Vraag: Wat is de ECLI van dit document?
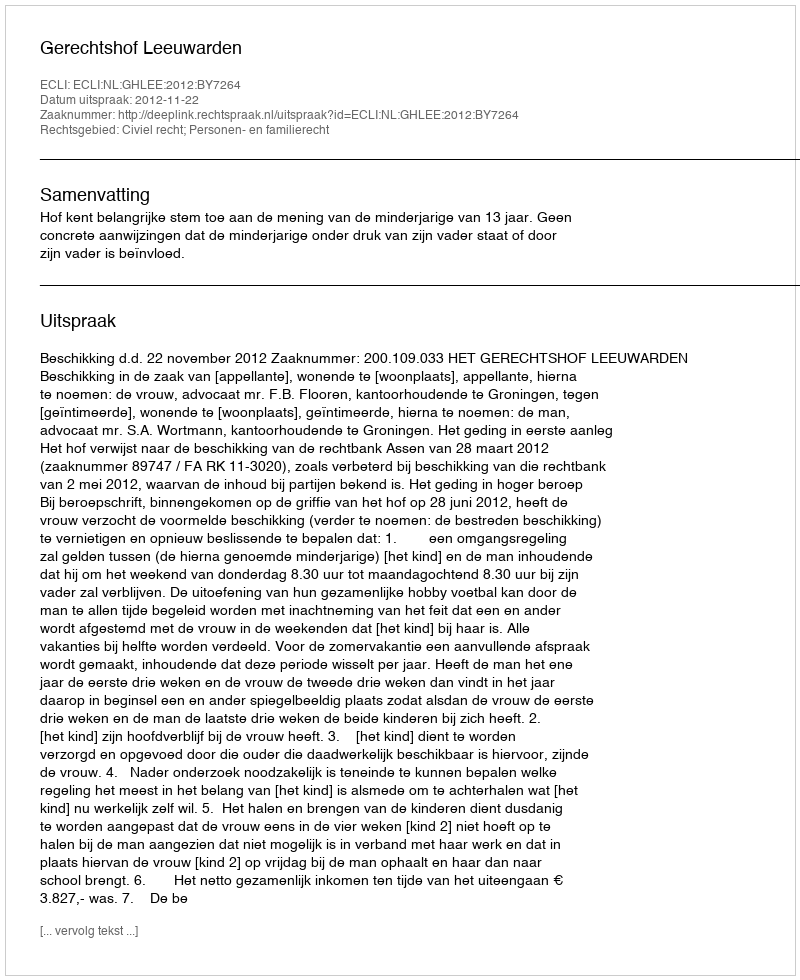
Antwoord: ECLI:NL:GHLEE:2012:BY7264